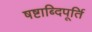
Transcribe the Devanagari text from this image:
षष्टाब्दिपूर्ति